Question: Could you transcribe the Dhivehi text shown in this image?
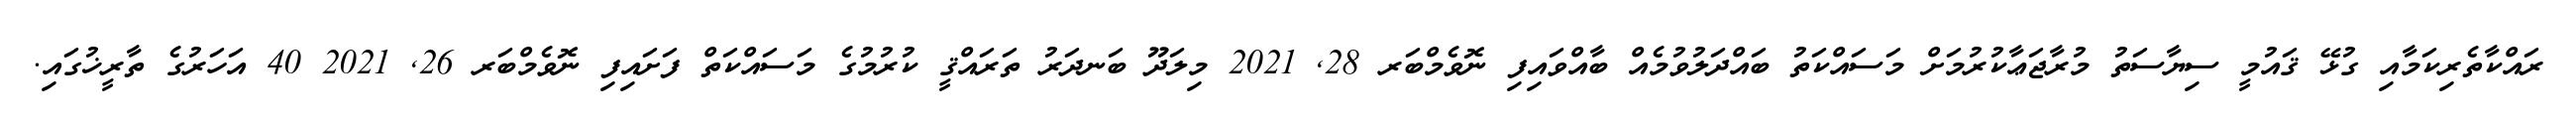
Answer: ރައްކާތެރިކަމާއި ގުޅޭ ޤައުމީ ސިޔާސަތު މުރާޖަޢާކުރުމަށް މަސައްކަތު ބައްދަލުވުމެއް ބާއްވައިފި ނޮވެމްބަރ 28, 2021 މިލަދޫ ބަނދަރު ތަރައްޤީ ކުރުމުގެ މަސައްކަތް ފަށައިފި ނޮވެމްބަރ 26, 2021 40 އަހަރުގެ ތާރީޚުގައި.